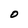
Character: O